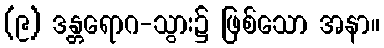
(၉) ဒန္တရောဂ-သွား၌ ဖြစ်သော အနာ။